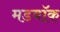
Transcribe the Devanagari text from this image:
मडवॉक